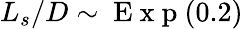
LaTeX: L_{s}/D\sim\mathrm{~E~x~p~}(0.2)